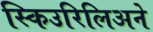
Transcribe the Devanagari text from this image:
स्किउरिलिअने